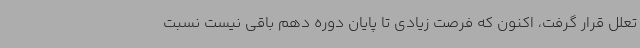
تعلل قرار گرفت، اکنون که فرصت زیادی تا پایان دوره دهم باقی نیست نسبت